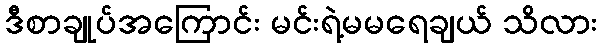
ဒီစာချုပ်အကြောင်း မင်းရဲ့မမရေချယ် သိလား